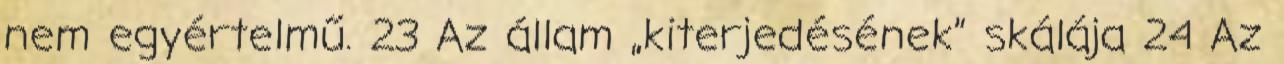
nem egyértelmű. 23 Az állam „kiterjedésének” skálája 24 Az